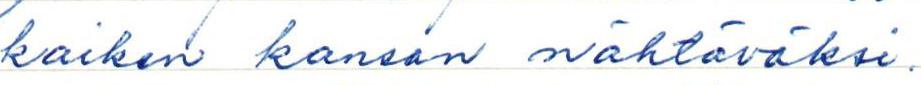
kaiken kansan nähtäväksi.